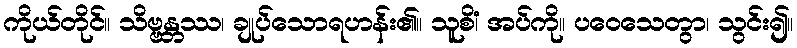
ကိုယ်တိုင်။ သိဗ္ဗန္တဿ၊ ချုပ်သောရဟန်း၏။ သူစိံ၊ အပ်ကို။ ပဝေသေတွာ၊ သွင်း၍။